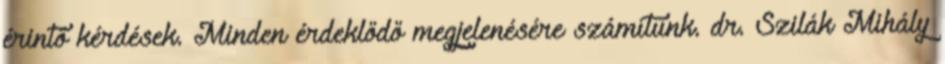
érintő kérdések. Minden érdeklődő megjelenésére számítunk. dr. Szilák Mihály